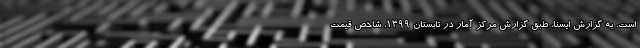
است. به گزارش ایسنا، طبق گزارش مرکز آمار در تابستان ١٣٩٩، شاخص قیمت